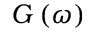
G \left( \omega \right)